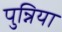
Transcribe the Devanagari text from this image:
पुन्निया